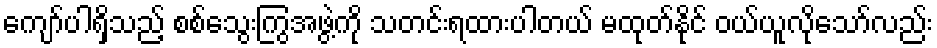
ကျော်ပါရှိသည့် စစ်သွေးကြွအဖွဲ့ကို သတင်းရထားပါတယ် မထုတ်နိုင် ဝယ်ယူလိုသော်လည်း